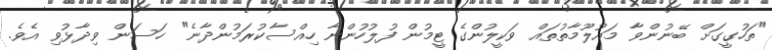
"ތަހުގީގަށް ބޭނުންވާ މައުލޫމާތުތައް ވަކީލުންގެ ޓީމުން ފުލުހުންނާ ހިއްސާކުރަމުންދާނެ" ހަސަން ވިދާޅުވި އެވެ.